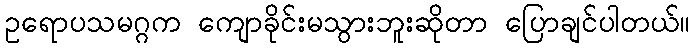
ဥရောပသမဂ္ဂက ကျောခိုင်းမသွားဘူးဆိုတာ ပြောချင်ပါတယ်။